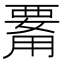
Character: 𤰊